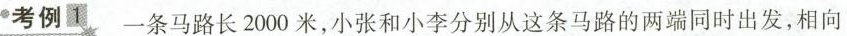
考例1 一条马路长2000米，小张和小李分别从这条马路的两端同时出发，相向